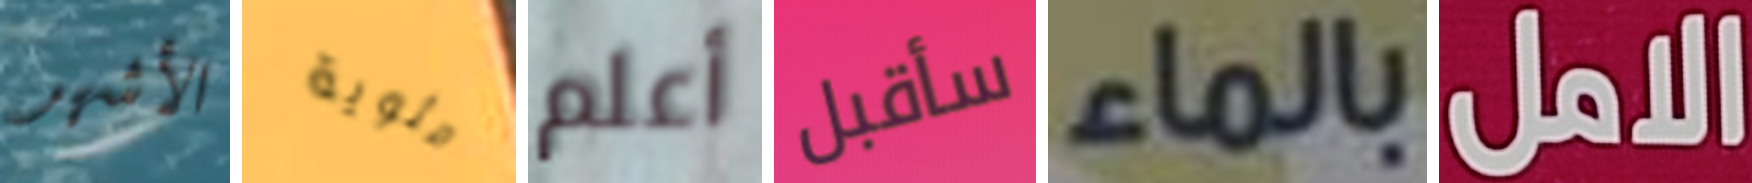
الأشهر مئوية أعلم سأقبل بالماء الامل